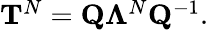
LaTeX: \begin{array}{r}{\mathbf{T}^{N}=\mathbf{Q}\mathbf{\Lambda}^{N}\mathbf{Q}^{-1}.}\end{array}